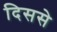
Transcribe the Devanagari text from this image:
दिससे